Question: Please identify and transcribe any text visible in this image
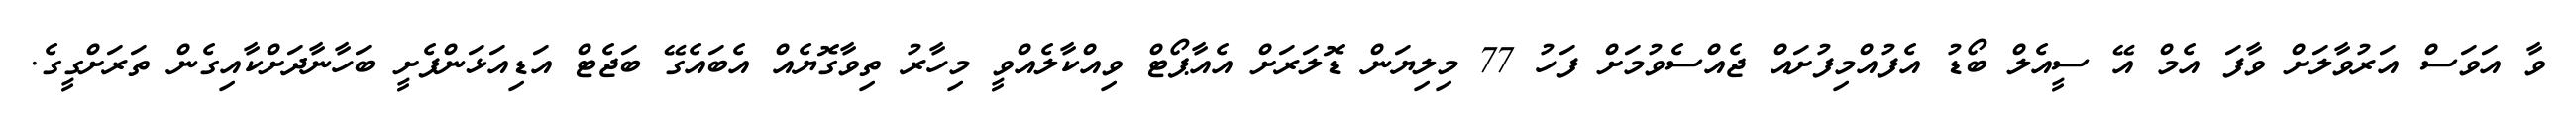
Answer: ވާ އަވަސް އަރުވާލަށް ވާފަ އެމް އޭ ސީއެލް ބޯޑު އެފުއްމިފުށައް ޖެއްސެވުމަށް ފަހު 77 މިލިޔަން ޑޮލަރަށް އެއާޕޯޓް ވިއްކާލެއްވީ މިހާރު ތިވާގޮޔެއް އެބައެގޭ ބަޖެޓް އަޑިއަޅަންފެށީ ބަހާނާދަށްކާއިގެން ތަރަށްގީގެ.